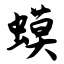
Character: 蟆